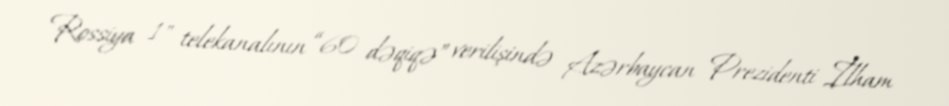
Rossiya 1" telekanalının “60 dəqiqə” verilişində Azərbaycan Prezidenti İlham